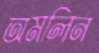
অমলিন